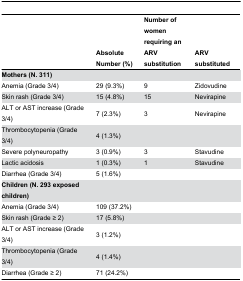
<table><thead><tr><td></td><td><b>Absolute Number (%)</b></td><td><b>Number of women requiring an ARV substitution</b></td><td><b>ARV substituted</b></td></tr></thead><tbody><tr><td><b>Mothers (N. 311)</b></td><td></td><td></td><td></td></tr><tr><td>Anemia (Grade 3/4)</td><td>29 (9.3%)</td><td>9</td><td>Zidovudine</td></tr><tr><td>Skin rash (Grade 3/4)</td><td>15 (4.8%)</td><td>15</td><td>Nevirapine</td></tr><tr><td>ALT or AST increase (Grade 3/4)</td><td>7 (2.3%)</td><td>3</td><td>Nevirapine</td></tr><tr><td>Thrombocytopenia (Grade 3/4)</td><td>4 (1.3%)</td><td></td><td></td></tr><tr><td>Severe polyneuropathy</td><td>3 (0.9%)</td><td>3</td><td>Stavudine</td></tr><tr><td>Lactic acidosis</td><td>1 (0.3%)</td><td>1</td><td>Stavudine</td></tr><tr><td>Diarrhea (Grade 3/4)</td><td>5 (1.6%)</td><td></td><td></td></tr><tr><td><b>Children (N. 293 exposed children)</b></td><td></td><td></td><td></td></tr><tr><td>Anemia (Grade 3/4)</td><td>109 (37.2%)</td><td></td><td></td></tr><tr><td>Skin rash (Grade ≥ 2)</td><td>17 (5.8%)</td><td></td><td></td></tr><tr><td>ALT or AST increase (Grade 3/4)</td><td>3 (1.2%)</td><td></td><td></td></tr><tr><td>Thrombocytopenia (Grade 3/4)</td><td>4 (1.4%)</td><td></td><td></td></tr><tr><td>Diarrhea (Grade ≥ 2)</td><td>71 (24.2%)</td><td></td><td></td></tr></tbody></table>